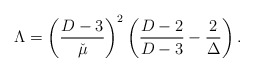
\begin{align*}\Lambda = \left(\frac{D-3}{\check\mu}\right)^2\left( \frac{D-2}{D-3} - \frac{2}{\Delta}\right).\end{align*}